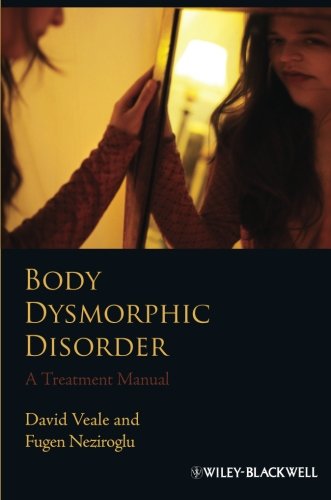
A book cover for Body Dysmorphic Disorder: A Treatment Manual; David Veale; Health, Fitness & Dieting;